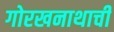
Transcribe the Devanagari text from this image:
गोरखनाथाची